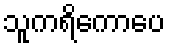
သူကရိကောပေ